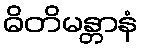
ဓိတိမန္တာနံ